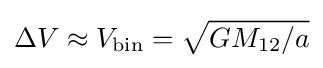
\Delta V\approx V_{\rm {bin}}={\sqrt {GM_{12}/a}}